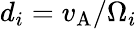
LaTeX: d_{i}=v_{\mathrm{A}}/\Omega_{i}